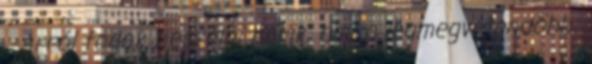
Arról fogok beszélni nekik, ami a legmegvetendőbb: